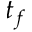
t _ { f }